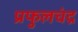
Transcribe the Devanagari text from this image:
प्रफुलचंद्र